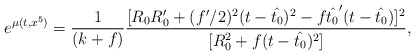
\begin{align*}e^{\mu(t,x^5)} = \frac{1}{(k+f)}\frac{[R_0R_0^{\prime} +(f^{\prime}/2)^2 (t-\hat{t_0})^2 -f\hat{t_0}^{\prime}(t-\hat{t_0})]^2}{[R^2_0 +f(t-\hat{t_0})^2]} ,\end{align*}